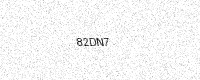
Text: 82DN7